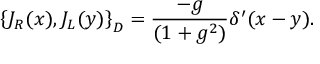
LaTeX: \left\{ J _ { R } ( x ) , J _ { L } ( y ) \right\} _ { D } = \frac { - g } { ( 1 + g ^ { 2 } ) } \delta ^ { \prime } ( x - y ) .